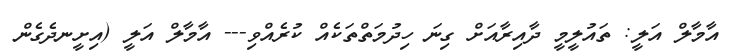
އާމާލް އަލީ: ތައުލީމީ ދާއިރާއަށް ގިނަ ހިދުމަތްތަކެއް ކުރެއްވި--- އާމާލް އަލީ (އިށީނދެގެން